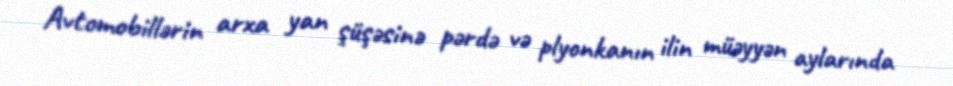
Avtomobillərin arxa yan şüşəsinə pərdə və plyonkanın ilin müəyyən aylarında